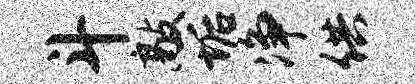
斗敲垢净供